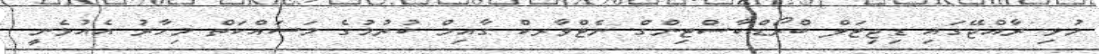
މުޅި ރާއްޖޭގައި ޑިޖިޓަލް ބްރޯޑްކާސްޓިންގް ނެޓްވާރކް ގާއިމް ކުރުމުގެ މަސައްކަތް މިހާރު އެއުޅެނީ